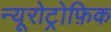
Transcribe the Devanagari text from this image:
न्यूरोट्रोफ़िक